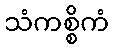
သံကစ္စိကံ